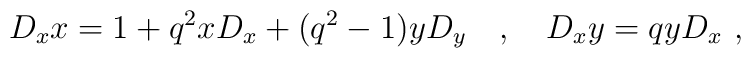
D_x x=1+q^2 xD_x+(q^2-1) yD_y \quad ,\quad D_x y=qyD_x \ ,